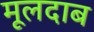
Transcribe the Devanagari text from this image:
मूलदाब